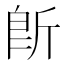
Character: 𱡪